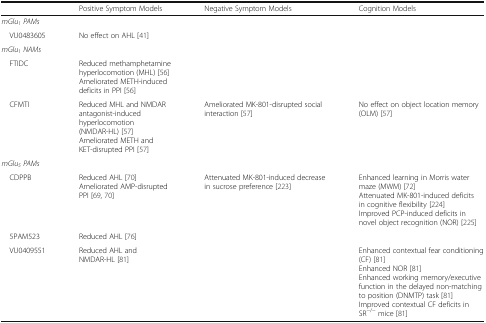
<table><thead><tr><td></td><td><b>Positive Symptom Models</b></td><td><b>Negative Symptom Models</b></td><td><b>Cognition Models</b></td></tr></thead><tbody><tr><td colspan="4"><i>mGlu</i><sub><i>1</i></sub><i>PAMs</i></td></tr><tr><td> VU0483605</td><td>No effect on AHL [41]</td><td></td><td></td></tr><tr><td colspan="4"><i>mGlu</i><sub><i>1</i></sub><i>NAMs</i></td></tr><tr><td> FTIDC</td><td>Reduced methamphetamine hyperlocomotion (MHL) [56]Ameliorated METH-induced deficits in PPI [56]</td><td></td><td></td></tr><tr><td> CFMTI</td><td>Reduced MHL and NMDAR antagonist-induced hyperlocomotion (NMDAR-HL) [57]Ameliorated METH and KET-disrupted PPI [57]</td><td>Ameliorated MK-801-disrupted social interaction [57]</td><td>No effect on object location memory (OLM) [57]</td></tr><tr><td colspan="4"><i>mGlu</i><sub><i>5</i></sub><i>PAMs</i></td></tr><tr><td> CDPPB</td><td>Reduced AHL [70]Ameliorated AMP-disrupted PPI [69, 70]</td><td>Attenuated MK-801-induced decrease in sucrose preference [223]</td><td>Enhanced learning in Morris water maze (MWM) [72]Attenuated MK-801-induced deficits in cognitive flexibility [224]Improved PCP-induced deficits in novel object recognition (NOR) [225]</td></tr><tr><td> 5PAM523</td><td>Reduced AHL [76]</td><td></td><td></td></tr><tr><td> VU0409551</td><td>Reduced AHL and NMDAR-HL [81]</td><td></td><td>Enhanced contextual fear conditioning (CF) [81]Enhanced NOR [81]Enhanced working memory/executive function in the delayed non-matching to position (DNMTP) task [81]Improved contextual CF deficits in SR<sup>−/−</sup> mice [81]</td></tr></tbody></table>